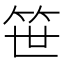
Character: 笹